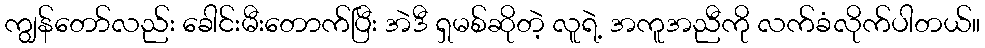
ကျွန်တော်လည်း ခေါင်းမီးတောက်ပြီး အဲဒီ ရှမစ်ဆိုတဲ့ လူရဲ့ အကူအညီကို လက်ခံလိုက်ပါတယ်။